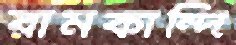
রামকান্দি